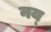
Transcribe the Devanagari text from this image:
नय्